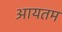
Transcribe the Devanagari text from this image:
आयतम